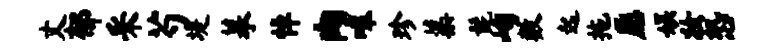
丈郁采芍堤摹悼肉嗥珍蕖髭峋数起拖愿娱妆恐